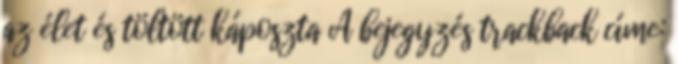
az élet és töltött káposzta A bejegyzés trackback címe: